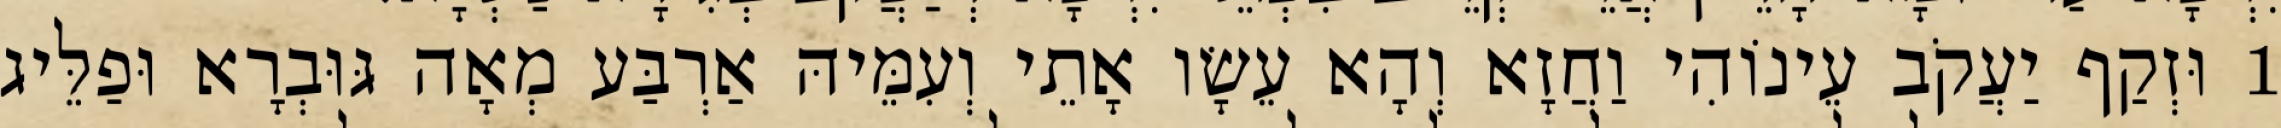
1 וּזְקַף יַעֲקֹב עֵינוֹהִי וַחֲזָא וְהָא עֵשָׂו אָתֵי וְעִמֵּיהּ אַרְבַּע מְאָה גּוּבְרָא וּפַלֵּיג